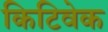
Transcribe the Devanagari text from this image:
किटिवेक